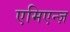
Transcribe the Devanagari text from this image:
एमिएन्ज़